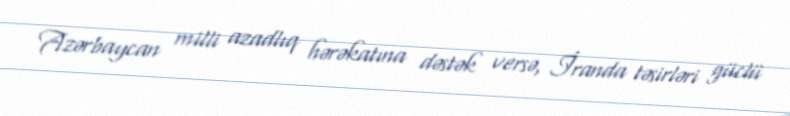
Azərbaycan milli azadlıq hərəkatına dəstək versə, İranda təsirləri güclü